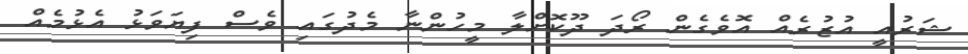
ޝަރުއީ އުޒުރެއް އޮވެގެން ރޯދަ ދޫކޮށްލާ މީހުންނާ މެދުގައި ވެސް ފިޔަވަޅު އެޅުމެއް